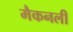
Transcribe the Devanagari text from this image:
मैकनली